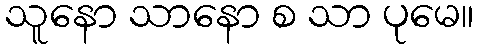
သူနော သာနော စ သာ ပုမေ။